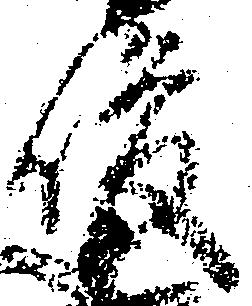
俊